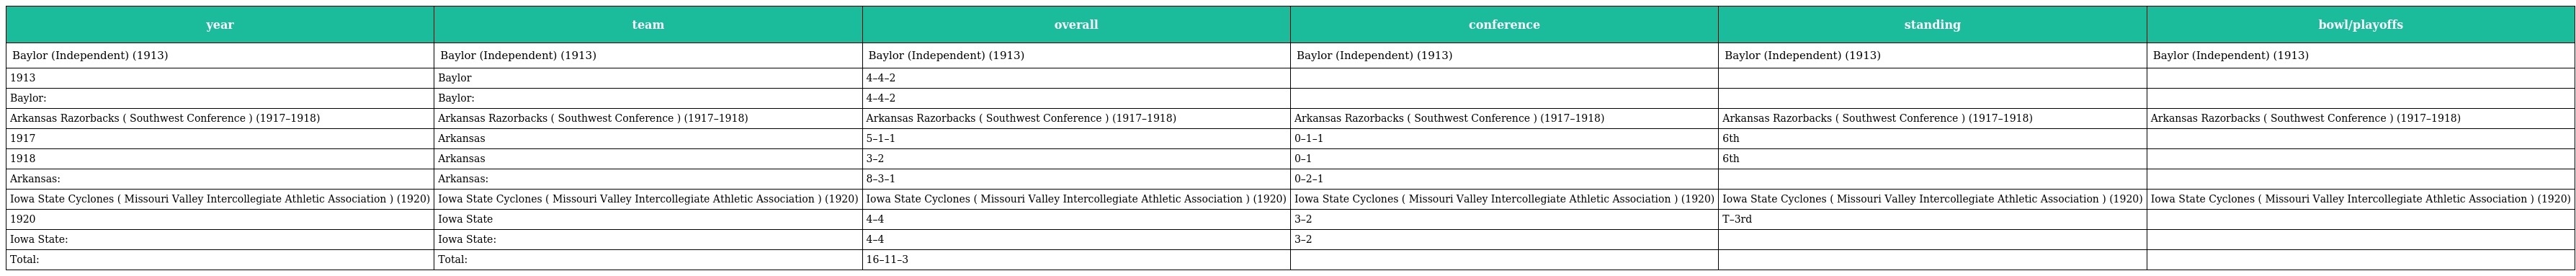
| year | team | overall | conference | standing | bowl/playoffs |
 | --- | --- | --- | --- | --- | --- |
 | Baylor (Independent) (1913) | Baylor (Independent) (1913) | Baylor (Independent) (1913) | Baylor (Independent) (1913) | Baylor (Independent) (1913) | Baylor (Independent) (1913) |
 | 1913 | Baylor | 4–4–2 |  |  |  |
 | Baylor: | Baylor: | 4–4–2 |  |  |  |
 | Arkansas Razorbacks ( Southwest Conference ) (1917–1918) | Arkansas Razorbacks ( Southwest Conference ) (1917–1918) | Arkansas Razorbacks ( Southwest Conference ) (1917–1918) | Arkansas Razorbacks ( Southwest Conference ) (1917–1918) | Arkansas Razorbacks ( Southwest Conference ) (1917–1918) | Arkansas Razorbacks ( Southwest Conference ) (1917–1918) |
 | 1917 | Arkansas | 5–1–1 | 0–1–1 | 6th |  |
 | 1918 | Arkansas | 3–2 | 0–1 | 6th |  |
 | Arkansas: | Arkansas: | 8–3–1 | 0–2–1 |  |  |
 | Iowa State Cyclones ( Missouri Valley Intercollegiate Athletic Association ) (1920) | Iowa State Cyclones ( Missouri Valley Intercollegiate Athletic Association ) (1920) | Iowa State Cyclones ( Missouri Valley Intercollegiate Athletic Association ) (1920) | Iowa State Cyclones ( Missouri Valley Intercollegiate Athletic Association ) (1920) | Iowa State Cyclones ( Missouri Valley Intercollegiate Athletic Association ) (1920) | Iowa State Cyclones ( Missouri Valley Intercollegiate Athletic Association ) (1920) |
 | 1920 | Iowa State | 4–4 | 3–2 | T–3rd |  |
 | Iowa State: | Iowa State: | 4–4 | 3–2 |  |  |
 | Total: | Total: | 16–11–3 |  |  |  |